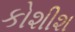
કોશીશ